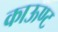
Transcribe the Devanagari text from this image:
काऊण्ट